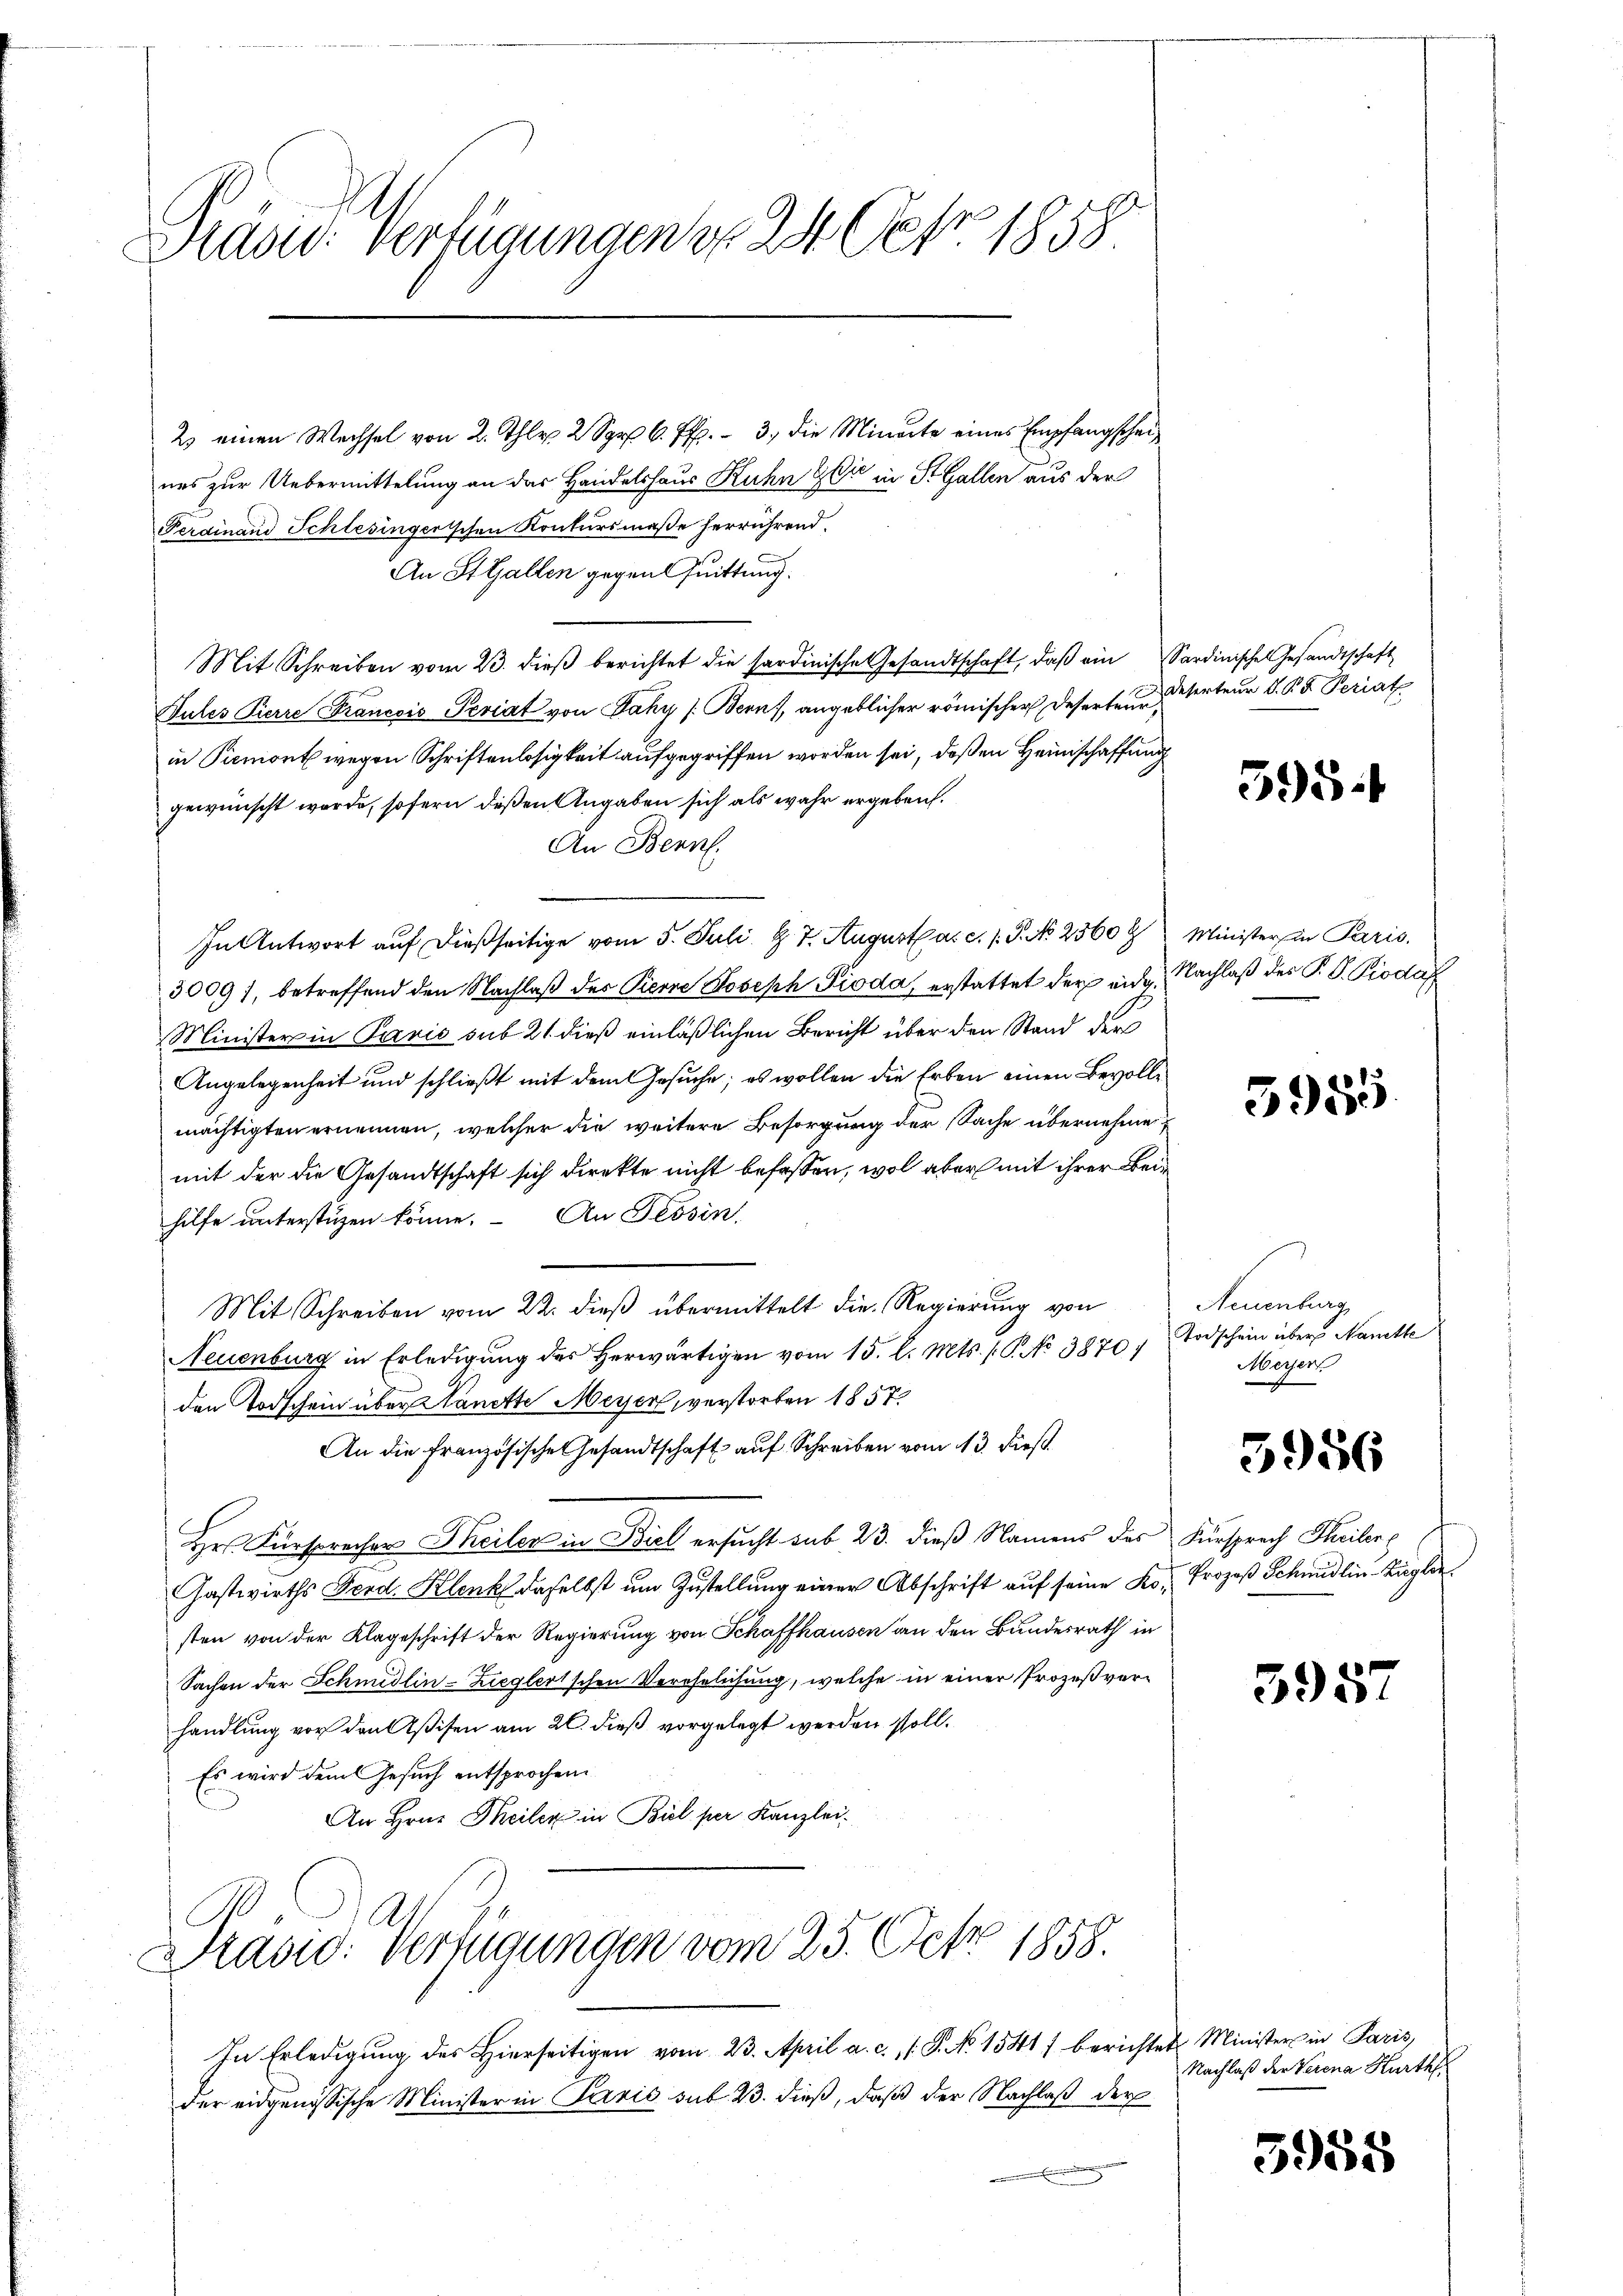
Stasur: Verfügungen d. 24. Febr. 1858.

2) einen Wechsel von 2. Thlr 2 S. 3, die Minerte eines Empfangscheines zur Uebermittelung an das Handelshaus Kuhn & Cie in St. Gallen aus der
Ferdinand Schlesingerischen Konkursmaße herrührend.
An St. Gallen gegen Quittung.
Mit Schreiben vom 23. dieβ berichtet die sardinische Gesandtschaft, daβ ein Sardinisches Gesandtschaft
Jules Pierre Francois Periat von Jahy (Berns, angeblicher römischer Deserten erteur d. P. F. Periat
in Piemont wegen Schriftenlosigkeit aufgegriffen worden sei, deßen Heimschaffung
gewünscht werde, sofern deßen Angaben sich als wahr ergeben.
An Bern.
In Antwort auf dießseitige vom 5. Juli d. 7. August a. c. (T. No 25608 Minister in Paris
3009), betreffend den Nachlaβ der Pierre Joseph Pioda, erstattet der eidg. Nachlaß des P. P. Piodat
Minister in Paris sub 21. dieß einläßlichen Bericht über den Stand der
Angelegenheit und schließt mit dem Gesuche; es wollen die Erben einen Bevollmächtigten ernennen, welcher die weitere Besorgung der Sache übernehme
mit der die Gesandtschaft sich direkte nicht befassen, wol aber mit ihrer Beihilfe unterstüzen könne. An Tessin,
Mit Schreiben vom 22. dieß übermittelt die Regierung von
Neuenburg in Erledigung des herwärtigen vom 15. l. Mts. (T. No 3870)
den Todschein über Nanette Meyer, verstorben 1857.
An die Französische Gesandtschaft auf Schreiben vom 13. dieß
Hr. Fürsprecher Theiler in Biel ersucht sub 23. dieß Namens des Fürsprech Theiler
Gastwirths Ferd. Klenk daselbst um Zustellung einer Abschrift auf seine Ko. Prozeß Schmidlin Kugle
sten von der Klageschrift der Regierung von Schaffhausen an den Bundesrath in
Sachen der Schmidlin-Zieglertschen Verehelichung, welche in einer Prozeßverhandlung vor den Aßisen am 26. dieß vorgelegt werden soll.
Es wird dem Gesuch entsprochen
An Hrn. Theiler in Biel per Kanzlei.

Präsid. Verfügungen vom 25. Oct. 1858.

In Erledigŭng des hierseitigen vom 23. April a. c. 1 S. No 1541) berichtet Minister in Paris,
der eidgenössische Minister in Paris sub 23. dieß, daß der Nachlaß der

595.

398

Neuenburg
Todschein über Nanette
Merjen

3956

3957

Nachlaß der Verena Hurth

3958